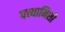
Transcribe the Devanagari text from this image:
पत्त्यानिशी